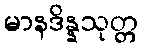
မာနဒိန္နသုတ္တ